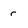
Character: r